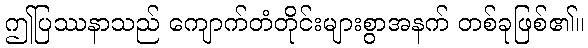
ဤပြဿနာသည် ကျောက်တံတိုင်းများစွာအနက် တစ်ခုဖြစ်၏။